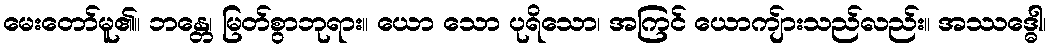
မေးတော်မူ၏။ ဘန္တေ၊ မြတ်စွာဘုရား။ ယော သော ပုရိသော၊ အကြင် ယောကျ်ားသည်လည်း။ အဿဒ္ဓေါ၊